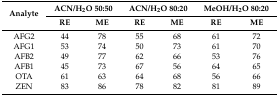
<table><thead><tr><td rowspan="2"><b>Analyte</b></td><td colspan="2"><b>ACN/H<sub>2</sub>O 50:50</b></td><td colspan="2"><b>ACN/H<sub>2</sub>O 80:20</b></td><td colspan="2"><b>MeOH/H<sub>2</sub>O 80:20</b></td></tr><tr><td><b>RE</b></td><td><b>ME</b></td><td><b>RE</b></td><td><b>ME</b></td><td><b>RE</b></td><td><b>ME</b></td></tr></thead><tbody><tr><td>AFG2</td><td>44</td><td>78</td><td>55</td><td>68</td><td>61</td><td>72</td></tr><tr><td>AFG1</td><td>53</td><td>74</td><td>50</td><td>73</td><td>61</td><td>70</td></tr><tr><td>AFB2</td><td>49</td><td>77</td><td>62</td><td>66</td><td>53</td><td>76</td></tr><tr><td>AFB1</td><td>45</td><td>73</td><td>67</td><td>56</td><td>64</td><td>65</td></tr><tr><td>OTA</td><td>61</td><td>63</td><td>64</td><td>68</td><td>56</td><td>66</td></tr><tr><td>ZEN</td><td>83</td><td>86</td><td>78</td><td>82</td><td>81</td><td>89</td></tr></tbody></table>